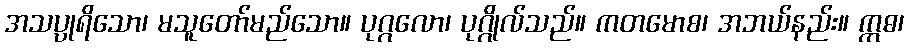
အသပ္ပုရိသော၊ မသူတော်မည်သော။ ပုဂ္ဂလော၊ ပုဂ္ဂိုလ်သည်။ ကတမောစ၊ အဘယ်နည်း။ ဣဓ၊